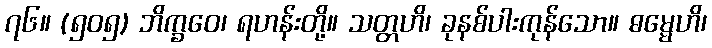
၇၆။ (၅၀၅) ဘိက္ခဝေ၊ ရဟန်းတို့။ သတ္တဟိ၊ ခုနစ်ပါးကုန်သော။ ဓမ္မေဟိ၊